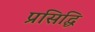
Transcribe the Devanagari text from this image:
प्रसिद्घि